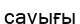
сауығы